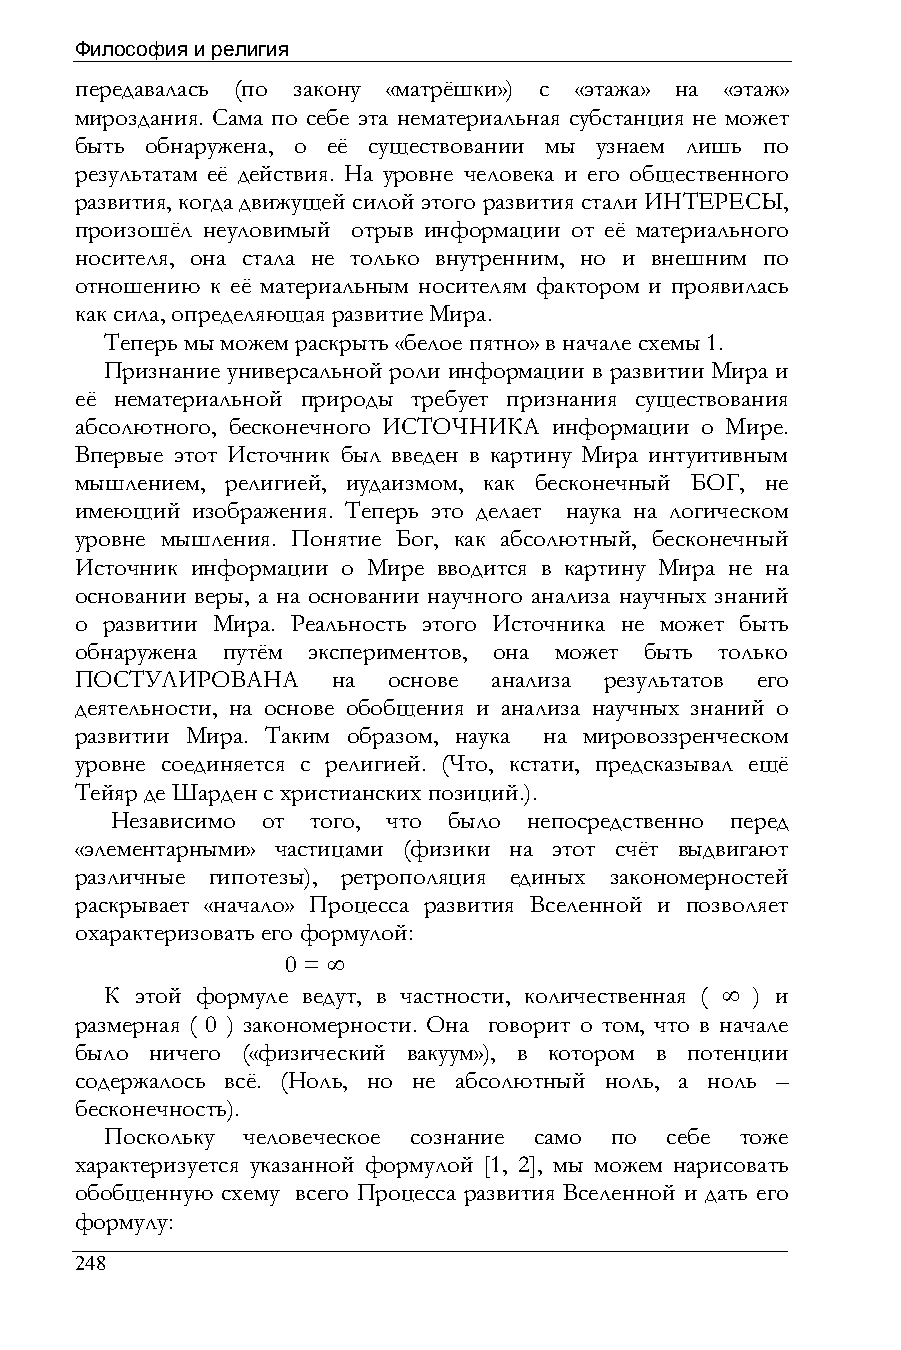
Философия и религия
 передавалась (по закону «матрёшки») с «этажа» на «этаж»
 мироздания. Сама по себе эта нематериальная субстанция не может
 быть обнаружена, о её существовании мы узнаем лишь по
 результатам её действия. На уровне человека и его общественного
 развития, когда движущей силой этого развития стали ИНТЕРЕСЫ,
 произошёл неуловимый отрыв информации от её материального
 носителя, она стала не только внутренним, но и внешним по
 отношению к её материальным носителям фактором и проявилась
 как сила, определяющая развитие Мира.
 Теперь мы можем раскрыть «белое пятно» в начале схемы 1.
 Признание универсальной роли информации в развитии Мира и
 её нематериальной природы требует признания существования
 абсолютного, бесконечного ИСТОЧНИКА информации о Мире.
 Впервые этот Источник был введен в картину Мира интуитивным
 мышлением, религией, иудаизмом, как бесконечный БОГ, не
 имеющий изображения. Теперь это делает наука на логическом
 уровне мышления. Понятие Бог, как абсолютный, бесконечный
 Источник информации о Мире вводится в картину Мира не на
 основании веры, а на основании научного анализа научных знаний
 о развитии Мира. Реальность этого Источника не может быть
 обнаружена путём экспериментов, она может быть только
 ПОСТУЛИРОВАНА    на  основе анализа результатов его
 деятельности, на основе обобщения и анализа научных знаний о
 развитии Мира. Таким образом, наука на мировоззренческом
 уровне соединяется с религией. (Что, кстати, предсказывал ещё
 Тейяр де Шарден с христианских позиций.).
 Независимо от того, что было непосредственно перед
 «элементарными» частицами (физики на этот счёт выдвигают
 различные гипотезы), ретрополяция единых закономерностей
 раскрывает «начало» Процесса развития Вселенной и позволяет
 охарактеризовать его формулой:
 0 = ∞
 К этой формуле ведут, в частности, количественная ( ∞ ) и
 размерная ( 0 ) закономерности. Она говорит о том, что в начале
 было ничего («физический вакуум»), в котором в потенции
 содержалось всё. (Ноль, но не абсолютный ноль, а ноль –
 бесконечность).
 Поскольку человеческое сознание само по себе тоже
 характеризуется указанной формулой [1, 2], мы можем нарисовать
 обобщенную схему всего Процесса развития Вселенной и дать его
 формулу:
 248